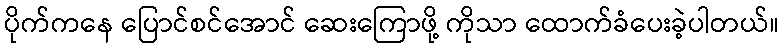
ပိုက်ကနေ ပြောင်စင်အောင် ဆေးကြောဖို့ ကိုသာ ထောက်ခံပေးခဲ့ပါတယ်။